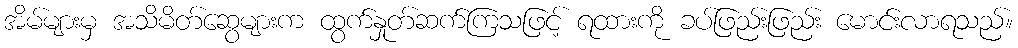
အိမ်များမှ အသိမိတ်ဆွေများက ထွက်နှုတ်ဆက်ကြသဖြင့် ရထားကို ခပ်ဖြည်းဖြည်း မောင်းလာရသည်။